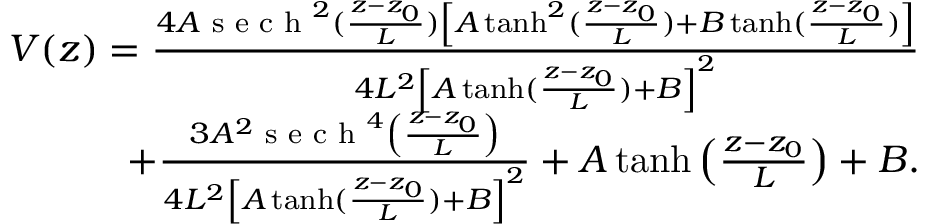
\begin{array} { r } { V ( z ) = \frac { 4 A \textrm { s e c h } ^ { 2 } ( \frac { z - z _ { 0 } } { L } ) \left[ A \operatorname { t a n h } ^ { 2 } ( \frac { z - z _ { 0 } } { L } ) + B \operatorname { t a n h } ( \frac { z - z _ { 0 } } { L } ) \right] } { 4 L ^ { 2 } \left[ A \operatorname { t a n h } ( \frac { z - z _ { 0 } } { L } ) + B \right] ^ { 2 } } } \\ { + \frac { 3 A ^ { 2 } \textrm { s e c h } ^ { 4 } \left( \frac { z - z _ { 0 } } { L } \right) } { 4 L ^ { 2 } \left[ A \operatorname { t a n h } ( \frac { z - z _ { 0 } } { L } ) + B \right] ^ { 2 } } + A \operatorname { t a n h } \left( \frac { z - z _ { 0 } } { L } \right) + B . } \end{array}